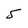
Character: 5